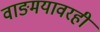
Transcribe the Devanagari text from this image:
वाङमयावरही